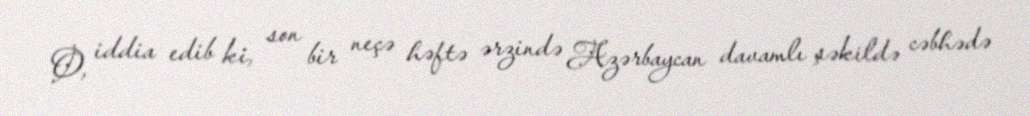
O, iddia edib ki, son bir neçə həftə ərzində Azərbaycan davamlı şəkildə cəbhədə